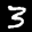
Label: 3